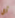
أي